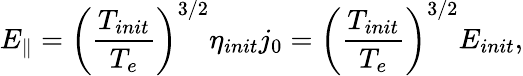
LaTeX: E_{\Vert}=\left(\frac{T_{init}}{T_{e}}\right)^{3/2}\eta_{init}j_{0}=\left(\frac{T_{init}}{T_{e}}\right)^{3/2}E_{init},